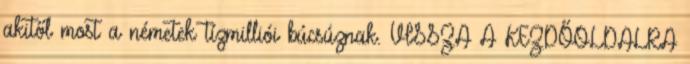
akitől most a németek tízmilliói búcsúznak. VISSZA A KEZDŐOLDALRA